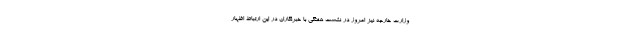
وزارت خارجه نیز امروز در نشست هفتگی با خبرنگاران در این ارتباط اظهار